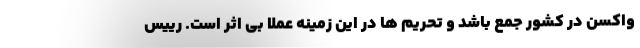
واکسن در کشور جمع باشد و تحریم ها در این زمینه عملا بی اثر است. رییس